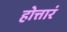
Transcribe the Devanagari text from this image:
होत्तारं